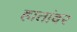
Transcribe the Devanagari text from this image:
हातांवर